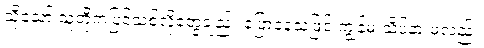
သို့သော် သူတို့ကပြင်သစ်လိုတွေချည်း ပြောနေသဖြင့် ကျွန်မ သိပ်နားမလည်။